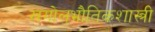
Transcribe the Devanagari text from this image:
खगोलभौतिकशास्त्री